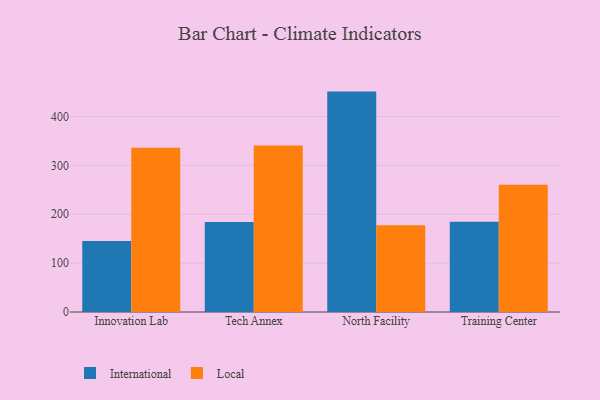
{"axis": {"x": "Campus", "y": "Operating Costs (USD K)"}, "legend": ["International", "Local"], "data": [{"x": "Innovation Lab", "y": 145.5, "type": "International"}, {"x": "Innovation Lab", "y": 336.4, "type": "Local"}, {"x": "Tech Annex", "y": 184.0, "type": "International"}, {"x": "Tech Annex", "y": 340.9, "type": "Local"}, {"x": "North Facility", "y": 451.1, "type": "International"}, {"x": "North Facility", "y": 177.4, "type": "Local"}, {"x": "Training Center", "y": 184.6, "type": "International"}, {"x": "Training Center", "y": 260.3, "type": "Local"}]}